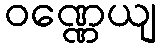
ဝဏ္ဏေယျ